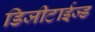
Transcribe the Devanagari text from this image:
डिजीटाईज्‍ड